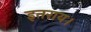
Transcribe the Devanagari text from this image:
इतराय।